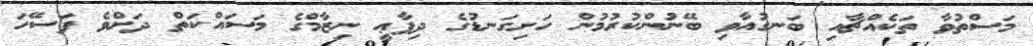
މަސްތުވާ ތަކެއްޗާއި ބަނގުއާވި ބޭނުންކުރުމުން ހަށިގަނޑުގެ ދިފާޢީ ނިޒާމްގެ މަސައްކަތް ދަށްވެ ފަސޭހަ